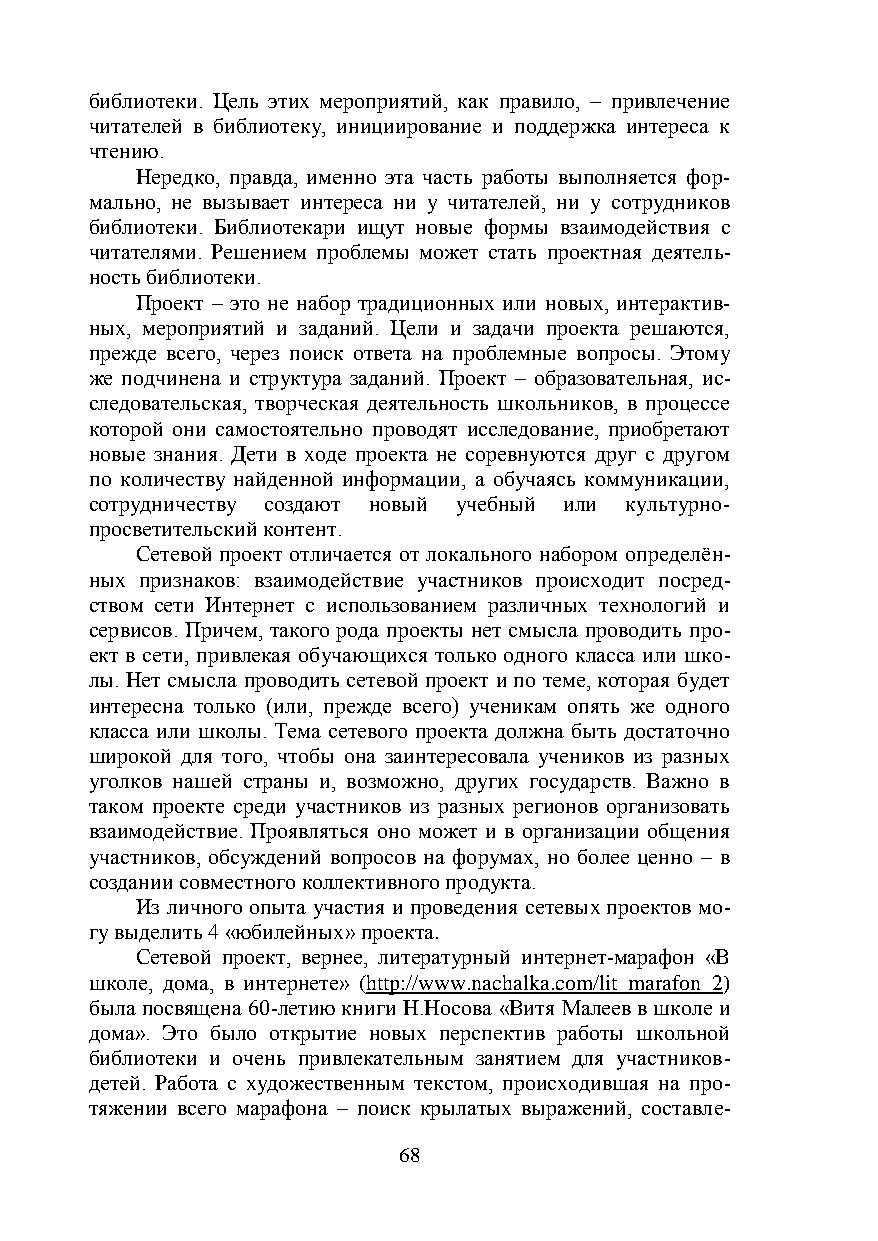
библиотеки. Цель этих мероприятий, как правило, – привлечение
 читателей в библиотеку, инициирование и поддержка интереса к
 чтению.
 Нередко, правда, именно эта часть работы выполняется фор-
 мально, не вызывает интереса ни у читателей, ни у сотрудников
 библиотеки. Библиотекари ищут новые формы взаимодействия с
 читателями. Решением проблемы может стать проектная деятель-
 ность библиотеки.
 Проект – это не набор традиционных или новых, интерактив-
 ных, мероприятий и заданий. Цели и задачи проекта решаются,
 прежде всего, через поиск ответа на проблемные вопросы. Этому
 же подчинена и структура заданий. Проект – образовательная, ис-
 следовательская, творческая деятельность школьников, в процессе
 которой они самостоятельно проводят исследование, приобретают
 новые знания. Дети в ходе проекта не соревнуются друг с другом
 по количеству найденной информации, а обучаясь коммуникации,
 сотрудничеству создают новый учебный или культурно-
 просветительский контент.
 Сетевой проект отличается от локального набором определён-
 ных признаков: взаимодействие участников происходит посред-
 ством сети Интернет с использованием различных технологий и
 сервисов. Причем, такого рода проекты нет смысла проводить про-
 ект в сети, привлекая обучающихся только одного класса или шко-
 лы. Нет смысла проводить сетевой проект и по теме, которая будет
 интересна только (или, прежде всего) ученикам опять же одного
 класса или школы. Тема сетевого проекта должна быть достаточно
 широкой для того, чтобы она заинтересовала учеников из разных
 уголков нашей страны и, возможно, других государств. Важно в
 таком проекте среди участников из разных регионов организовать
 взаимодействие. Проявляться оно может и в организации общения
 участников, обсуждений вопросов на форумах, но более ценно – в
 создании совместного коллективного продукта.
 Из личного опыта участия и проведения сетевых проектов мо-
 гу выделить 4 «юбилейных» проекта.
 Сетевой проект, вернее, литературный интернет-марафон «В
 школе, дома, в интернете» (http://www.nachalka.com/lit_marafon_2)
 была посвящена 60-летию книги Н.Носова «Витя Малеев в школе и
 дома». Это было открытие новых перспектив работы школьной
 библиотеки и очень привлекательным занятием для участников-
 детей. Работа с художественным текстом, происходившая на про-
 тяжении всего марафона – поиск крылатых выражений, составле-
 68